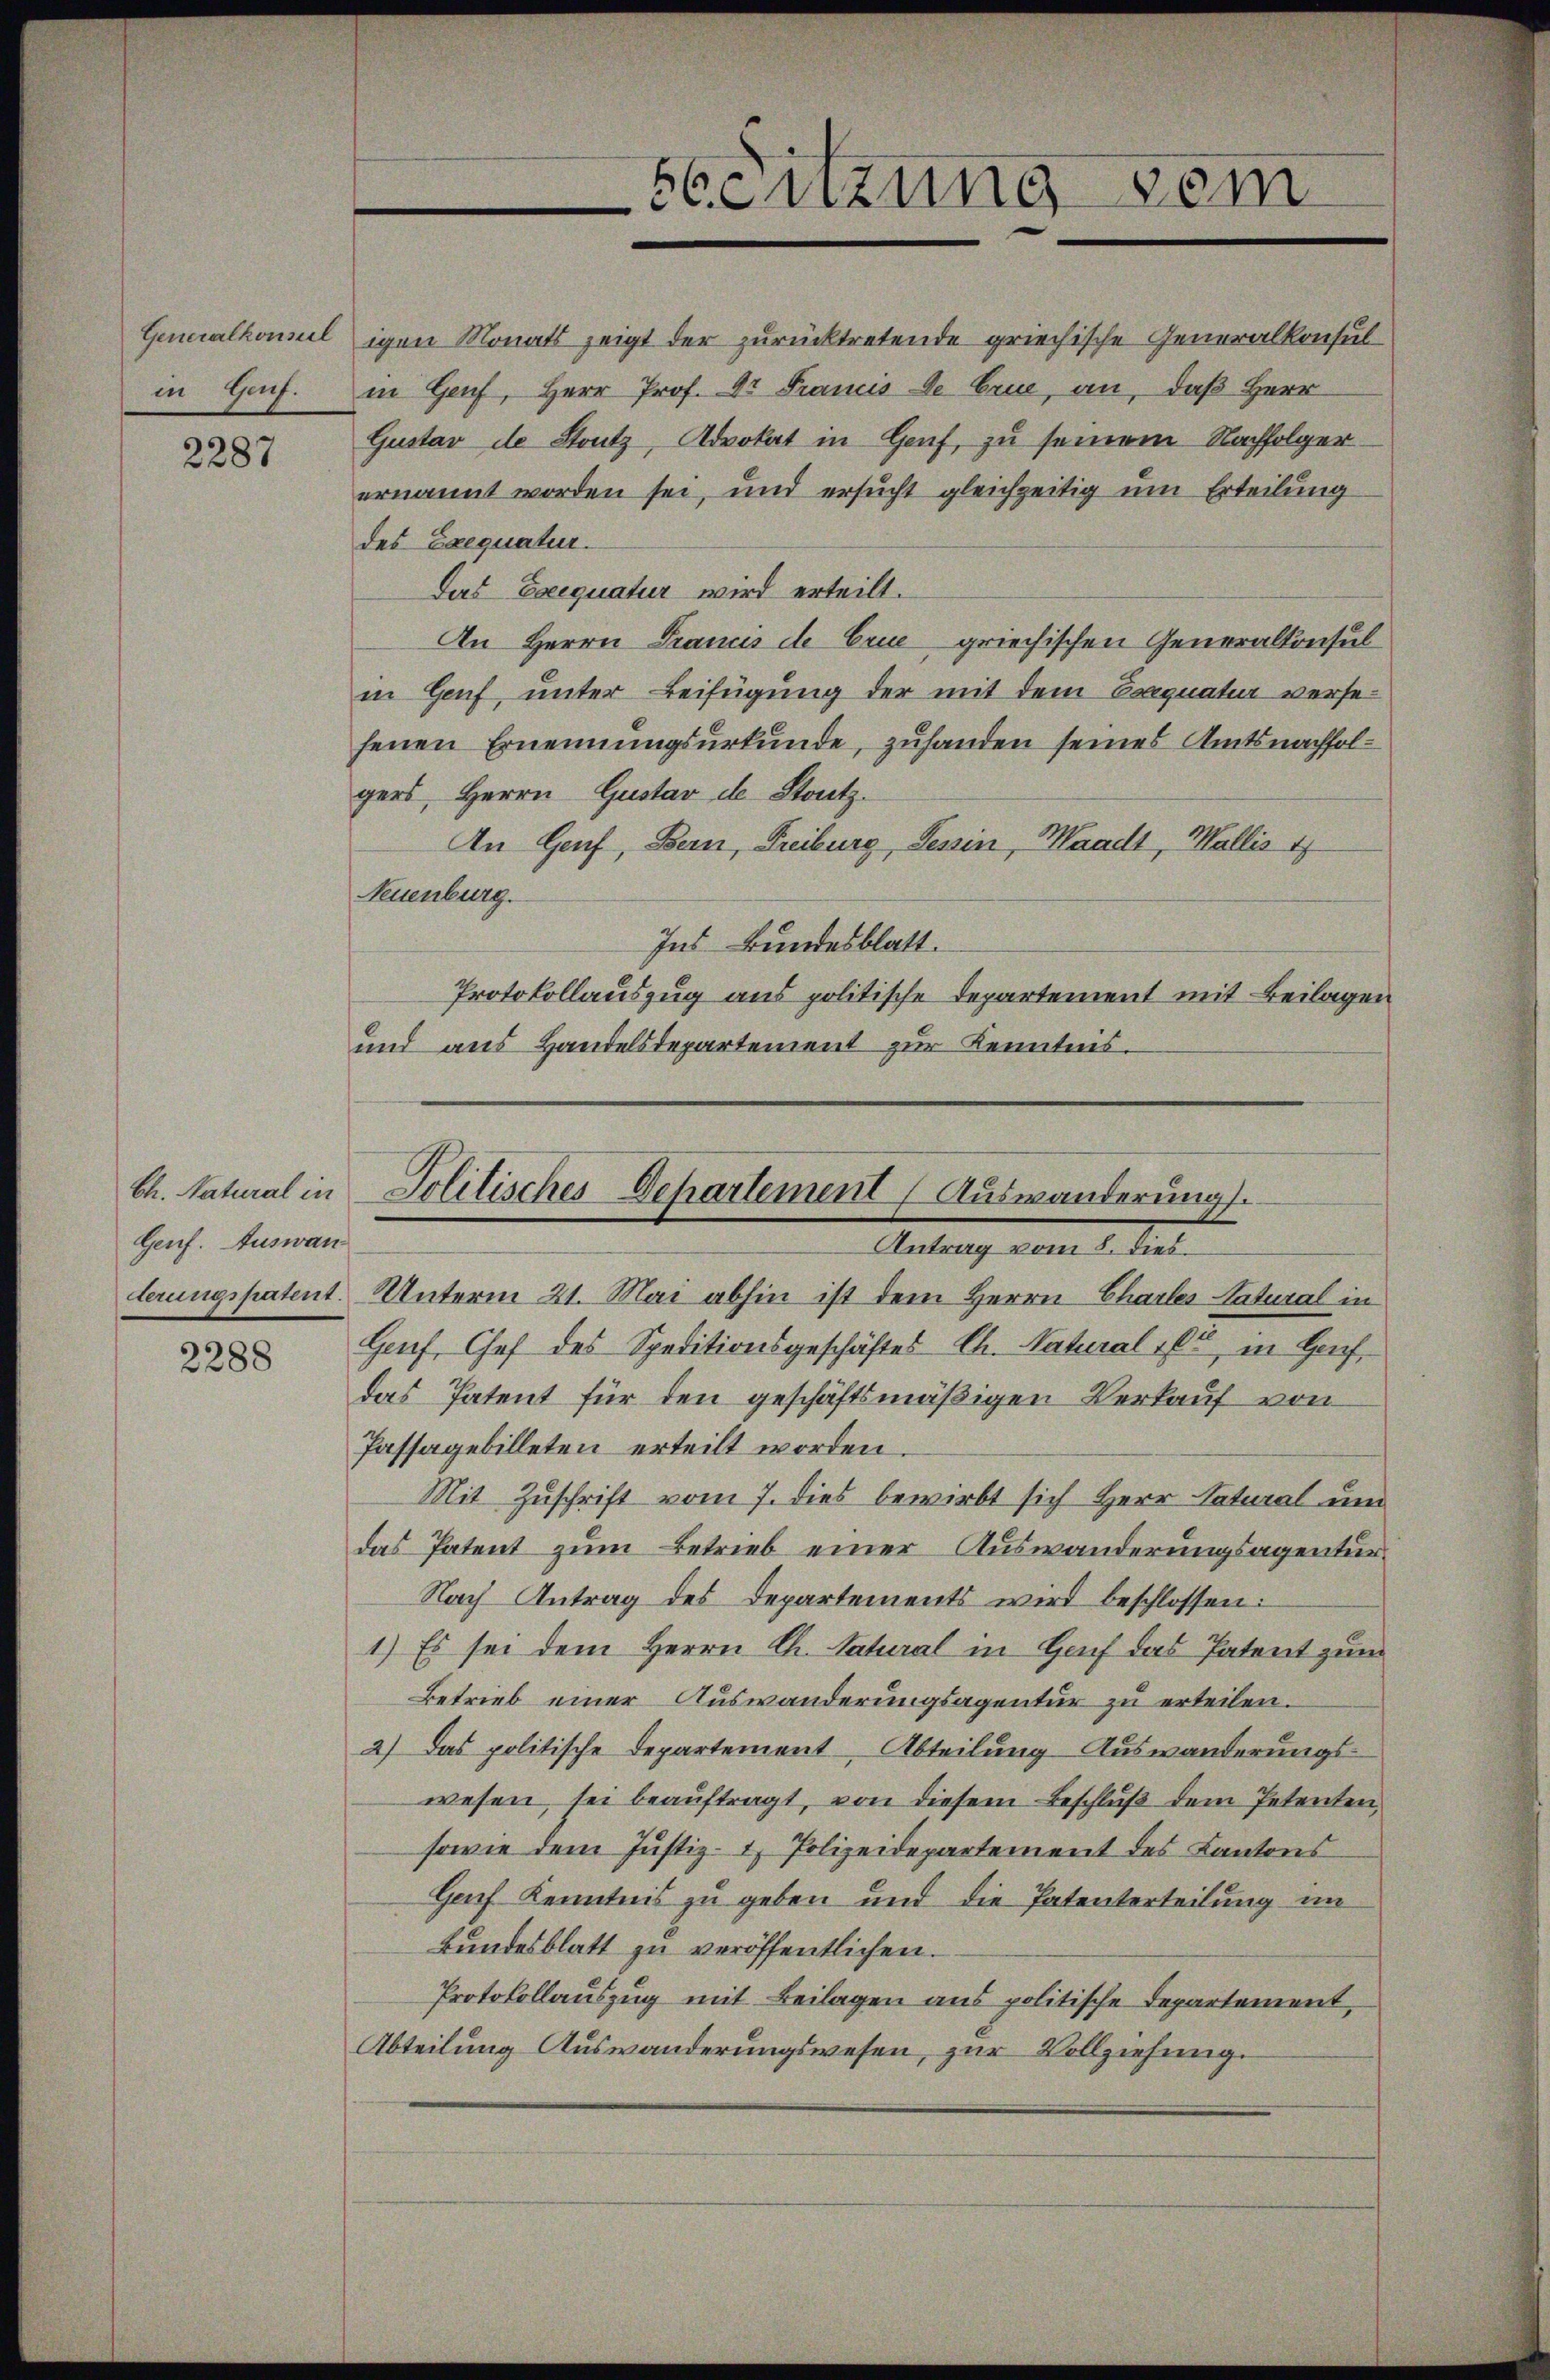
in Genf.

2287

Gustav de Stutz, Advokat in Genf, zu seinem Nachfolger
ernannt worden sei, und ersucht gleichzeitig um Erteilung
des Exequatur.
Das Exequatur wird erteilt.
An Herrn Francis de Crue griechischen Generalkonsul
in Genf, unter Beifügung der mit dem Erguatur versefenen Ernennungsurkunde, zuhanden seines Amtsnachfolgers, Herrn Gustav de Stutz.
An Genf, Bern, Freiburg, Tessin, Waadt, Wallis 17
Neuenburg.
Ins Bundesblatt.
Protokollauszug aus politische Departement mit Beilagen
und aus Handelsdepartement zur Kenntnis.

Ch. Natural in
Genf. Auswan

2288

terungspatent. Unterm 21. Mai abhin ist dem Herrn Chartes Natural in
Genf, Chef des Speditionsgeschäftes Ch. Natural 16 in Hofdas Patent für den geschäftsmäßigen Verkauf von
Passagebilleten erteilt worden.
Mit Zuschrift vom 7. dies bewirbt sich Herr Natural und
das Patent zum Betrieb einer Auswanderungsagentur
Nach Antrag des Departements wird beschlossen:
1.) Es sei dem Herrn Ch. Satural in Hof das Patent zum
Betrieb einer Auswanderungsagentur zu erteilen.
2) Das politische Departement Abteilung Auswanderungswesen, sei beauftragt, von diesem Beschluß dem Petenten,
sowie dem Justiz- & Polizeidepartement des Kantons
Gof Kenntnis zu geben und die Patenterteilung im
Bundesblatt zu veröffentlichen.
Protokollaŭszŭg mit Beilagen aus politische Departement,
Abteilung Auswanderungswesen, zur Vollziehung.

Generalkonsul igen Monats zeigt der zurücktretende griechische Generalkonsul
in Genf, Herr Prof. Dr Frauis de Crue, an, daß Herr

Senzung vom

Solitisches Departement (Auswanderung.
Antrag vom 8. dies